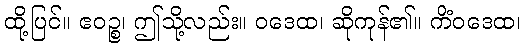
ထို့ပြင်။ ဧဝဉ္စ၊ ဤသို့လည်း။ ဝဒေထ၊ ဆိုကုန်၏။ ကိံဝဒေထ၊